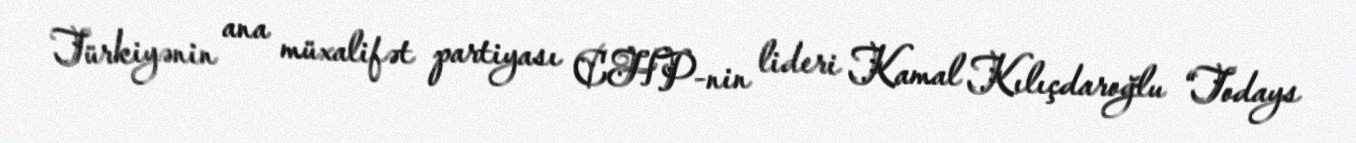
Türkiyənin ana müxalifət partiyası CHP-nin lideri Kamal Kılıçdaroğlu “Todays